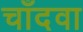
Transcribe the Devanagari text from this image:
चाँदवा